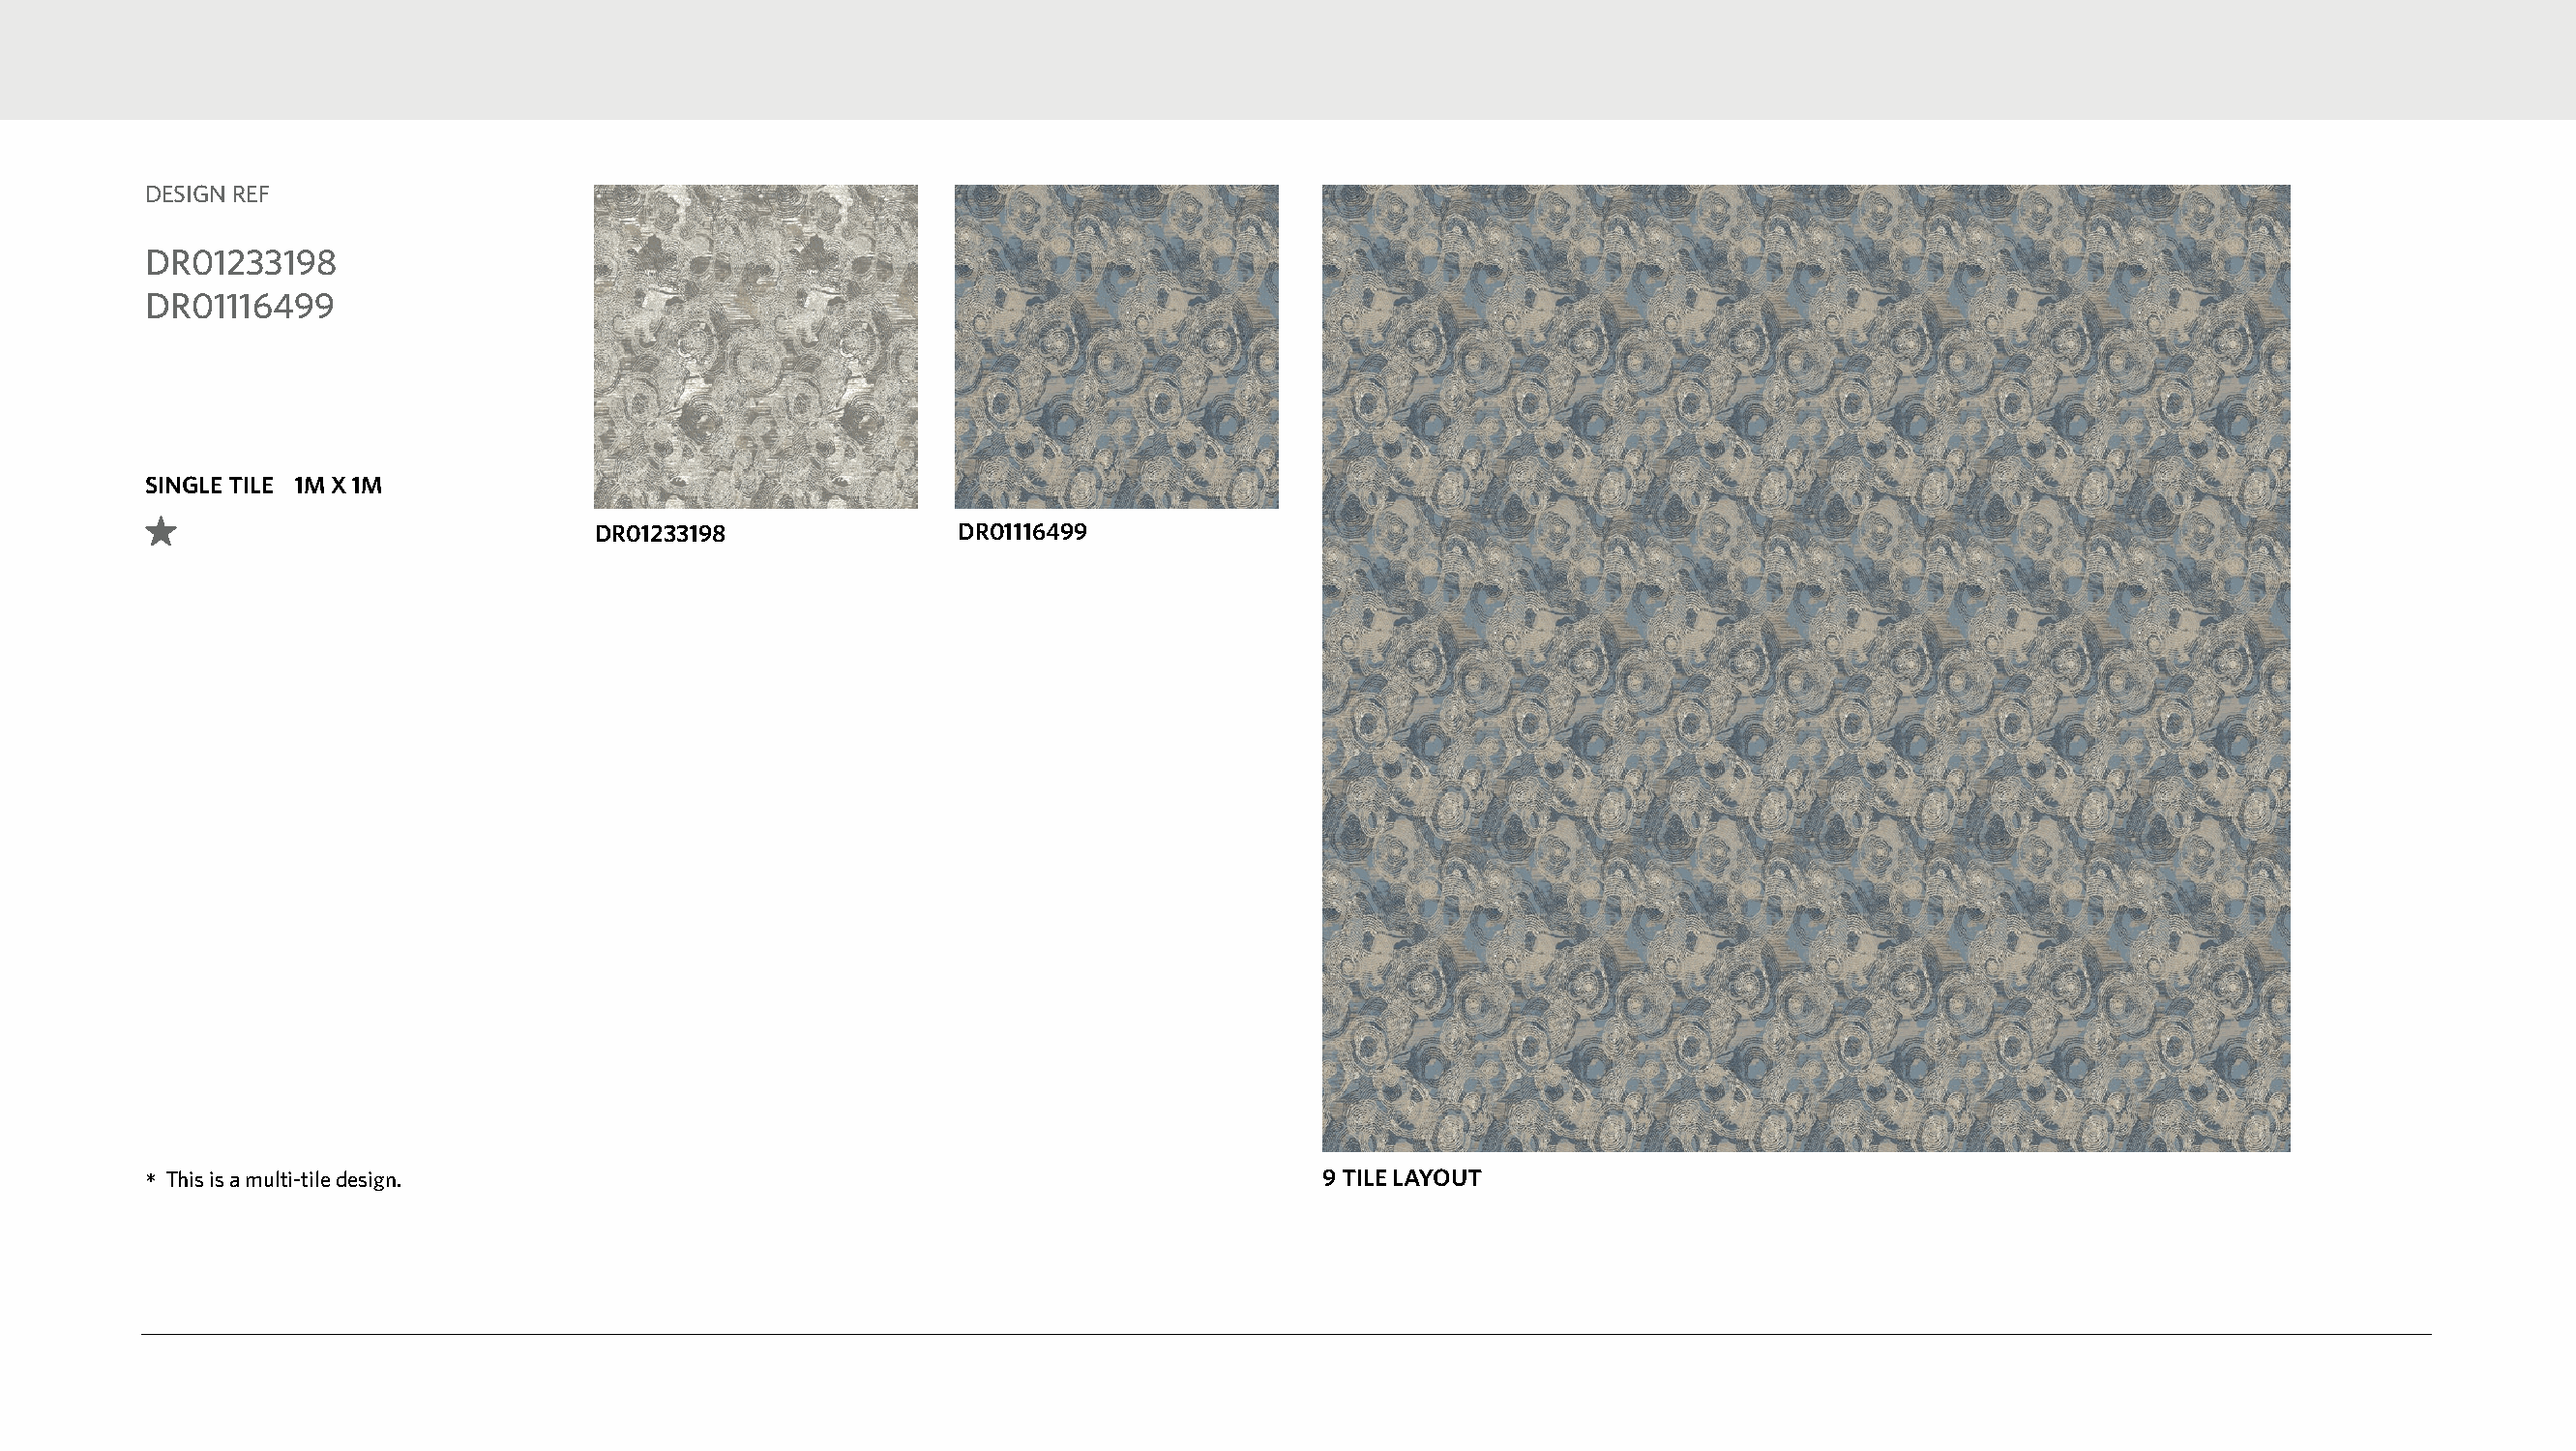
DESIGN REF
 DR01233198
 DR01116499
 SINGLE TILE 1M X 1M
 DR01233198               DR01116499
 *This is a multi-tile design.                                                    9 TILE LAYOUT